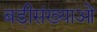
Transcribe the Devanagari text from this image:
बडी़संख्याओं